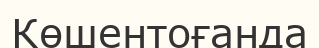
Көшентоғанда